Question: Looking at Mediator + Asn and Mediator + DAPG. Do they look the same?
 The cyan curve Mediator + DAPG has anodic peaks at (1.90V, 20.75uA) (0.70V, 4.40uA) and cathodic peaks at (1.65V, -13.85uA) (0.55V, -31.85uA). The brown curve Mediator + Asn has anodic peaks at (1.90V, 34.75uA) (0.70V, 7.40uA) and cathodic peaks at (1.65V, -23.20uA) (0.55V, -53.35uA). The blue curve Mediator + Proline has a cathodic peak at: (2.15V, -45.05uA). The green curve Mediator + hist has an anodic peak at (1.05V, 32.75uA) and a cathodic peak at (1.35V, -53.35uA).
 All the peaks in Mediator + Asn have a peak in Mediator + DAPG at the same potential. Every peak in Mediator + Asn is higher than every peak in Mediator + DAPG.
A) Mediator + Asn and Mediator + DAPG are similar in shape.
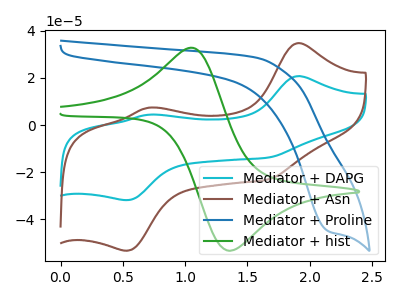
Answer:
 <answer>A) "Mediator + Asn" and "Mediator + DAPG" are similar in shape.</answer>
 <eval>A</eval>